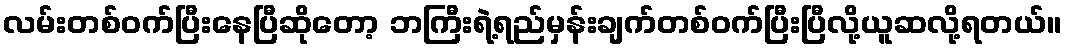
လမ်းတစ်ဝက်ပြီးနေပြီဆိုတော့ ဘကြီးရဲ့ရည်မှန်းချက်တစ်ဝက်ပြီးပြီလို့ယူဆလို့ရတယ်။